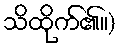
သိထိုက်၏။)